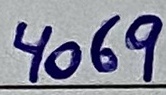
Text: 4069